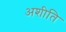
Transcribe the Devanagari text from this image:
अशीति